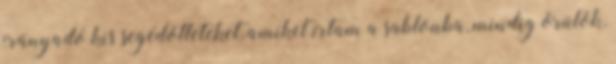
irányadó kis segédötleteket, amiket írtam a sablonba, mindig örülök,